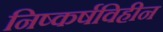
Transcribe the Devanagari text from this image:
निष्कर्षविहीन